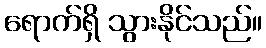
ရောက်ရှိ သွားနိုင်သည်။